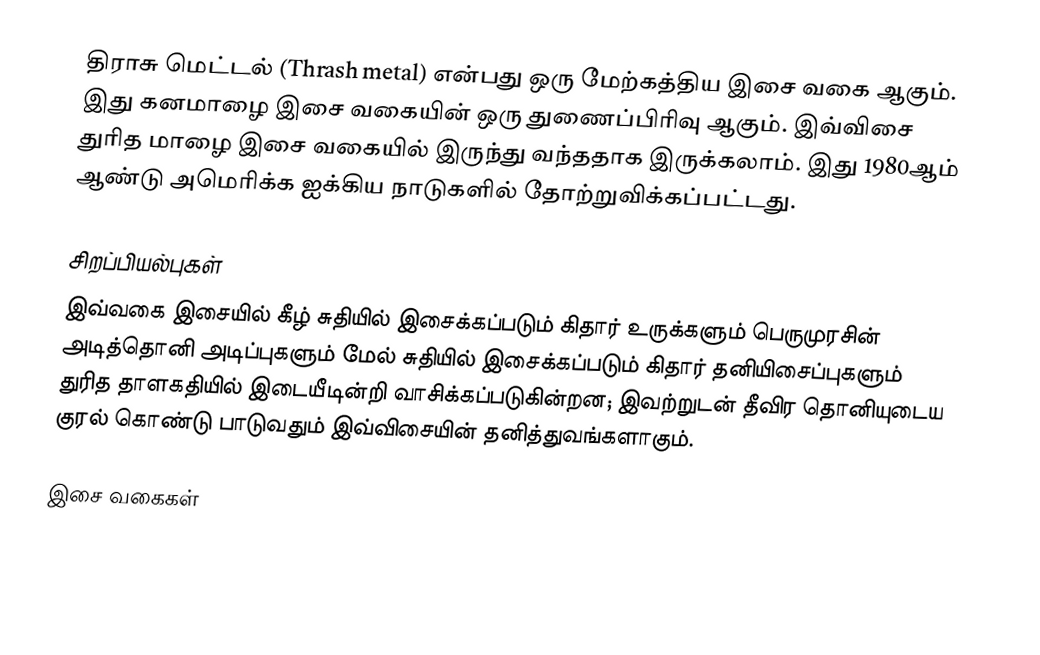
திராசு மெட்டல் (Thrash metal) என்பது ஒரு மேற்கத்திய இசை வகை ஆகும். இது கனமாழை இசை வகையின் ஒரு துணைப்பிரிவு ஆகும். இவ்விசை துரித மாழை  இசை வகையில் இருந்து வந்ததாக இருக்கலாம். இது 1980ஆம் ஆண்டு அமெரிக்க ஐக்கிய நாடுகளில் தோற்றுவிக்கப்பட்டது.

சிறப்பியல்புகள்
இவ்வகை இசையில் கீழ் சுதியில் இசைக்கப்படும் கிதார் உருக்களும் பெருமுரசின் அடித்தொனி அடிப்புகளும் மேல் சுதியில் இசைக்கப்படும் கிதார் தனியிசைப்புகளும்  துரித தாளகதியில் இடையீடின்றி வாசிக்கப்படுகின்றன; இவற்றுடன் தீவிர தொனியுடைய குரல் கொண்டு  பாடுவதும் இவ்விசையின் தனித்துவங்களாகும்.

இசை வகைகள்